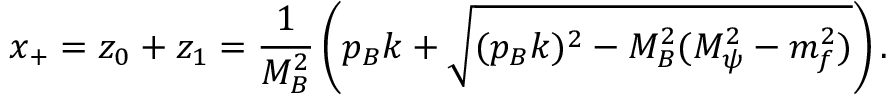
x _ { + } = z _ { 0 } + z _ { 1 } = \frac { 1 } { M _ { B } ^ { 2 } } \left( p _ { B } k + \sqrt { ( p _ { B } k ) ^ { 2 } - M _ { B } ^ { 2 } ( M _ { \psi } ^ { 2 } - m _ { f } ^ { 2 } ) } \right) .